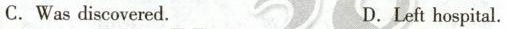
C. Was discovered. D.Left hospital.